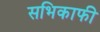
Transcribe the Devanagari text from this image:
सभिकाफी